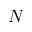
N